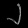
Digit: ၂